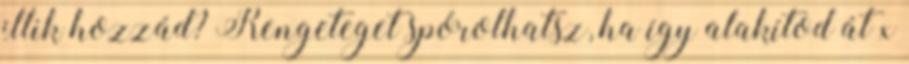
illik hozzád? Rengeteget spórolhatsz, ha így alakítod át x